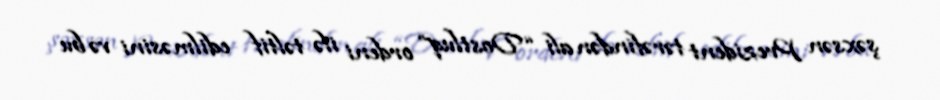
şəxsən Prezident tərəfindən ali “Dostluq” ordeni ilə təltif edilməsini və bu